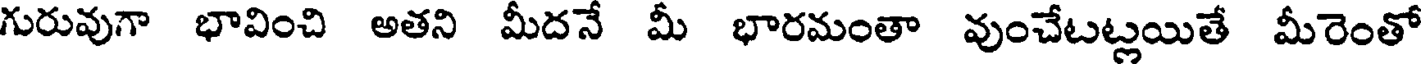
గురువుగా భావించి అతని మీదనే మీ భారమంతా వుంచేటట్లయితే మీరెంతో